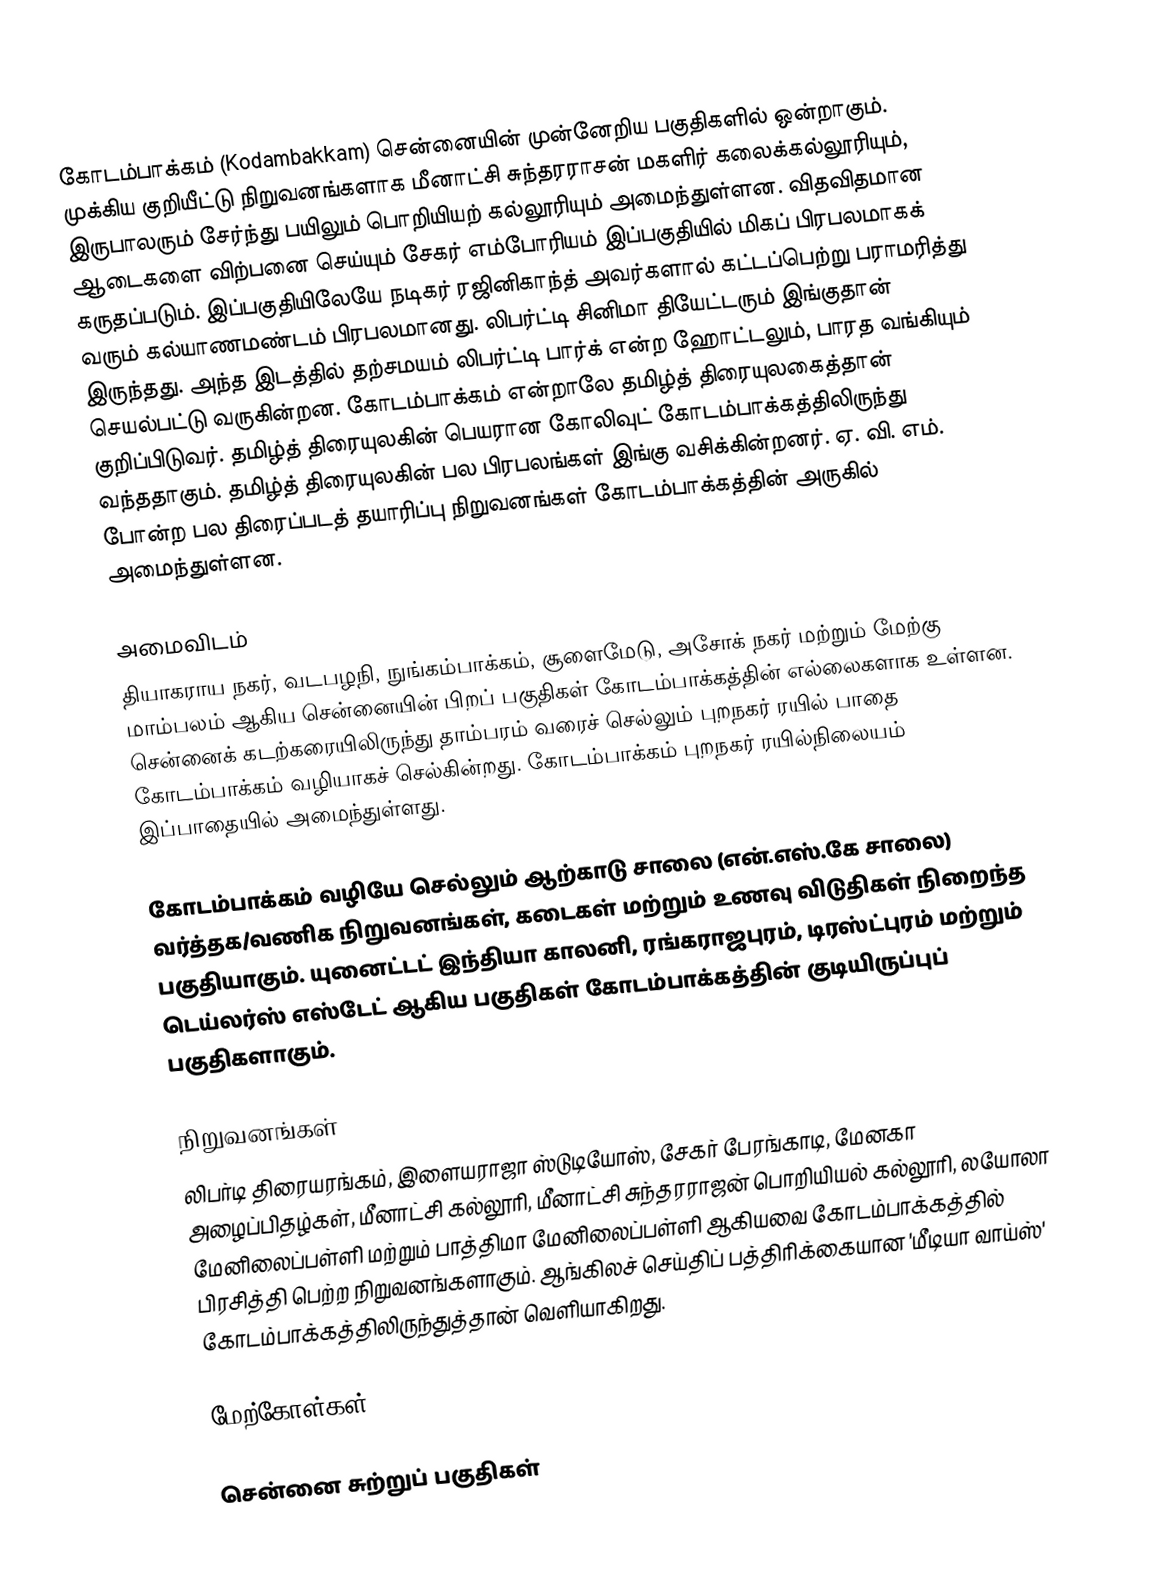
கோடம்பாக்கம் (Kodambakkam) சென்னையின் முன்னேறிய பகுதிகளில் ஒன்றாகும். முக்கிய குறியீட்டு நிறுவனங்களாக மீனாட்சி சுந்தரராசன் மகளிர் கலைக்கல்லூரியும், இருபாலரும் சேர்ந்து பயிலும் பொறியியற் கல்லூரியும் அமைந்துள்ளன. விதவிதமான ஆடைகளை விற்பனை செய்யும் சேகர் எம்போரியம் இப்பகுதியில் மிகப் பிரபலமாகக் கருதப்படும். இப்பகுதியிலேயே நடிகர் ரஜினிகாந்த் அவர்களால் கட்டப்பெற்று பராமரித்து வரும் கல்யாணமண்டம் பிரபலமானது. லிபர்ட்டி சினிமா தியேட்டரும் இங்குதான் இருந்தது. அந்த இடத்தில் தற்சமயம் லிபர்ட்டி பார்க் என்ற ஹோட்டலும், பாரத வங்கியும் செயல்பட்டு வருகின்றன. கோடம்பாக்கம் என்றாலே தமிழ்த் திரையுலகைத்தான் குறிப்பிடுவர். தமிழ்த் திரையுலகின் பெயரான கோலிவுட் கோடம்பாக்கத்திலிருந்து வந்ததாகும். தமிழ்த் திரையுலகின் பல பிரபலங்கள் இங்கு வசிக்கின்றனர். ஏ. வி. எம். போன்ற பல திரைப்படத் தயாரிப்பு நிறுவனங்கள் கோடம்பாக்கத்தின் அருகில் அமைந்துள்ளன.

அமைவிடம்
தியாகராய நகர், வடபழநி, நுங்கம்பாக்கம், சூளைமேடு, அசோக் நகர் மற்றும் மேற்கு மாம்பலம் ஆகிய சென்னையின் பிறப் பகுதிகள் கோடம்பாக்கத்தின் எல்லைகளாக உள்ளன. சென்னைக் கடற்கரையிலிருந்து தாம்பரம் வரைச் செல்லும் புறநகர் ரயில் பாதை கோடம்பாக்கம் வழியாகச் செல்கின்றது. கோடம்பாக்கம் புறநகர் ரயில்நிலையம் இப்பாதையில் அமைந்துள்ளது.

கோடம்பாக்கம் வழியே செல்லும் ஆற்காடு சாலை (என்.எஸ்.கே சாலை) வர்த்தக/வணிக நிறுவனங்கள், கடைகள் மற்றும் உணவு விடுதிகள் நிறைந்த பகுதியாகும். யுனைட்டட் இந்தியா காலனி, ரங்கராஜபுரம், டிரஸ்ட்புரம் மற்றும் டெய்லர்ஸ் எஸ்டேட் ஆகிய பகுதிகள் கோடம்பாக்கத்தின் குடியிருப்புப் பகுதிகளாகும்.

நிறுவனங்கள்
லிபர்டி திரையரங்கம், இளையராஜா ஸ்டுடியோஸ், சேகர் பேரங்காடி, மேனகா அழைப்பிதழ்கள், மீனாட்சி கல்லூரி, மீனாட்சி சுந்தரராஜன் பொறியியல் கல்லூரி, லயோலா மேனிலைப்பள்ளி மற்றும் பாத்திமா மேனிலைப்பள்ளி ஆகியவை கோடம்பாக்கத்தில் பிரசித்தி பெற்ற நிறுவனங்களாகும். ஆங்கிலச் செய்திப் பத்திரிக்கையான 'மீடியா வாய்ஸ்' கோடம்பாக்கத்திலிருந்துத்தான் வெளியாகிறது.

மேற்கோள்கள்

சென்னை சுற்றுப் பகுதிகள்